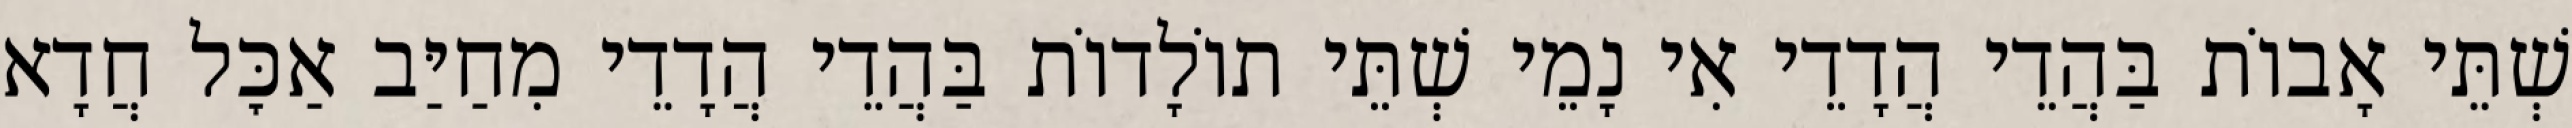
שְׁתֵּי אָבוֹת בַּהֲדֵי הֲדָדֵי אִי נָמֵי שְׁתֵּי תוֹלָדוֹת בַּהֲדֵי הֲדָדֵי מִחַיַּב אַכׇּל חֲדָא